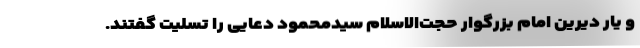
و یار دیرین امام بزرگوار حجت‌الاسلام سیدمحمود دعایی را تسلیت گفتند.